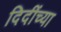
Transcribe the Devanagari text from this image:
दिदींच्या